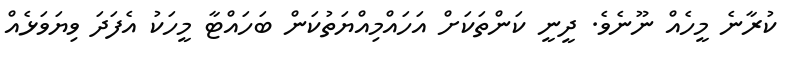
ކުރާނެ މީހެއް ނޫނެވެ. ދީނީ ކަންތަކަށް އަހައްމިއްޔަތުކަން ބަހައްޓާ މީހަކު އެފަދަ ވިޔަވަޅެއް